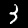
Label: 3